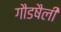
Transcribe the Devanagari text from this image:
गौडषैली